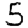
Digit: 5